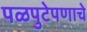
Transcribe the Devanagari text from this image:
पळपुटेपणाचे